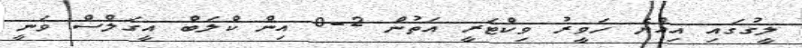
ލީގުގައި އިއްޔެ ހަވީރު ވިކްޓަރީ އަތުން 2-0 އިން ކްލަބް އީގަލްސް ވަނީ